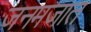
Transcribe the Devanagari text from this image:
जनमजात